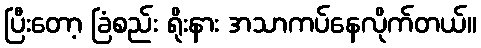
ပြီးတော့ ခြံစည်း ရိုးနား အသာကပ်နေလိုက်တယ်။